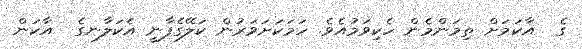
ގެ  އާކަމަށް ތިމަންމެން ހެކިވަމުއެވެ. ހަމަކަށަވަރުން ކަލޭގެފާނީ އެކަލާނގެ  އާކަން